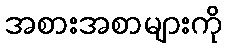
အစားအစာများကို